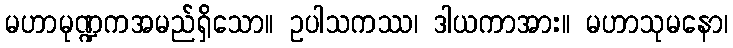
မဟာမုဏ္ဍကအမည်ရှိသော။ ဥပါသကဿ၊ ဒါယကာအား။ မဟာသုမနော၊